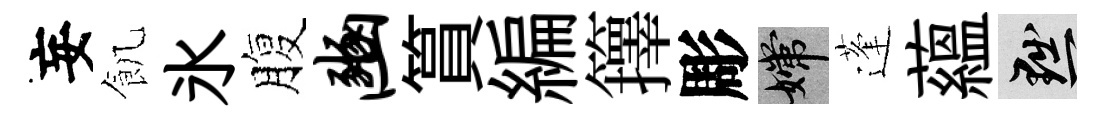
妄飢氷腹豳篔編籜彫嫦蓬藴黜